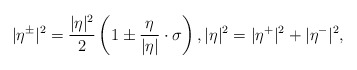
\begin{align*}|\eta^{\pm}|^2 = \frac{|\eta|^2}{2} \left( 1 \pm \frac{\eta}{|\eta|}\cdot \sigma \right), |\eta|^2 = |\eta^+|^2 + |\eta^-|^2,\end{align*}